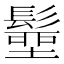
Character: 𩮢